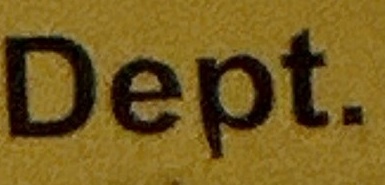
Dep.